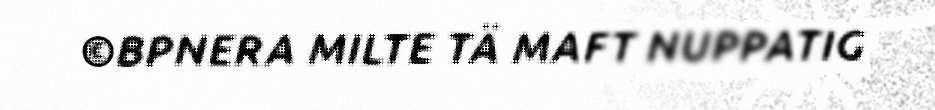
©BPNERA MILTE TÄ MAFT NUPPATIG